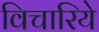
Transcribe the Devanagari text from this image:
विचारिये